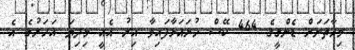
މިހާތަނަށް ޑެންގީގެ 464 ކޭސް ހުށައަޅާފައިވާ އިރު އެއީ މިދިޔަ އަހަރުގެ އެ